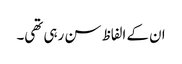
ان کے الفاظ سن رہی تھی۔